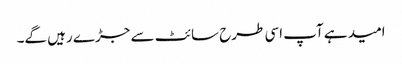
امید ہے آپ اسی طرح سائٹ سے جڑے رہیں گے۔